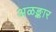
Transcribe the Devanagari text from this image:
अळङ्कार